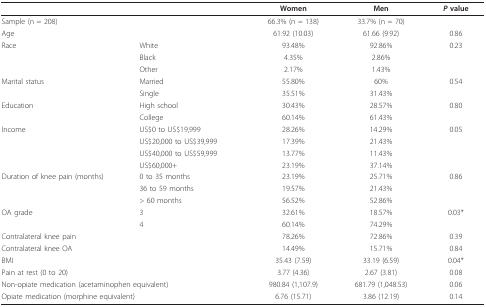
|  |  | Women | Men | P value |
 | --- | --- | --- | --- | --- |
 | <COLSPAN=2> Sample (n = 208) | 66.3% (n = 138) | 33.7% (n = 70) |  |
 | <COLSPAN=2> Age | 61.92 (10.03) | 61.66 (9.92) | 0.86 |
 | Race | White | 93.48% | 92.86% | 0.23 |
 |  | Black | 4.35% | 2.86% |  |
 |  | Other | 2.17% | 1.43% |  |
 | Marital status | Married | 55.80% | 60% | 0.54 |
 |  | Single | 35.51% | 31.43% |  |
 | Education | High school | 30.43% | 28.57% | 0.80 |
 |  | College | 60.14% | 61.43% |  |
 | Income | US$0 to US$19,999 | 28.26% | 14.29% | 0.05 |
 |  | US$20,000 to US$39,999 | 17.39% | 21.43% |  |
 |  | US$40,000 to US$59,999 | 13.77% | 11.43% |  |
 |  | US$60,000+ | 23.19% | 37.14% |  |
 | Duration of knee pain (months) | 0 to 35 months | 23.19% | 25.71% | 0.86 |
 |  | 36 to 59 months | 19.57% | 21.43% |  |
 |  | > 60 months | 56.52% | 52.86% |  |
 | OA grade | 3 | 32.61% | 18.57% | 0.03* |
 |  | 4 | 60.14% | 74.29% |  |
 | <COLSPAN=2> Contralateral knee pain | 78.26% | 72.86% | 0.39 |
 | <COLSPAN=2> Contralateral knee OA | 14.49% | 15.71% | 0.84 |
 | <COLSPAN=2> BMI | 35.43 (7.59) | 33.19 (6.59) | 0.04* |
 | <COLSPAN=2> Pain at rest (0 to 20) | 3.77 (4.36) | 2.67 (3.81) | 0.08 |
 | <COLSPAN=2> Non-opiate medication (acetaminophen equivalent) | 980.84 (1,107.9) | 681.79 (1,048.53) | 0.06 |
 | <COLSPAN=2> Opiate medication (morphine equivalent) | 6.76 (15.71) | 3.86 (12.19) | 0.14 |